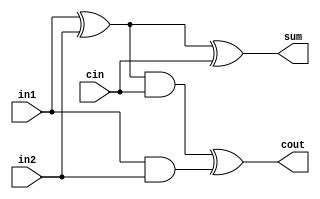
/*32-bit ripple carry full adder*/

//One bit full adder
module oneBitFullAdder(sum, cout, in1, in2, cin);
	
	output sum, cout;
	input in1, in2, cin;
	
	wire s1, s2, c1;	//Intermediate wires
	
	xor (s1, in1, in2);
	and (c1, in1, in2);
	
	xor (sum, s1, cin);
	
	and (s2, s1, cin);
	
	xor (cout, s2, c1);
	
endmodule

//32-bit full adder
module Bit32FullAdder(sum, cout, in1, in2, cin);

	output [31:0] sum;
	output cout;
	input [31:0] in1;
	input [31:0] in2;
	input cin;
	
	wire c1, c2, c3, c4, c5, c6, c7, c8, c9, c10, c11, c12; 
	wire c13, c14, c15, c16, c17, c18, c19, c20, c21, c22;
	wire c23, c24, c25, c26, c27, c28, c29, c30, c31;
	
	oneBitFullAdder OBA0 (sum[0], c1, in1[0], in2[0], cin);
	oneBitFullAdder OBA1 (sum[1], c2, in1[1], in2[1], c1);
	oneBitFullAdder OBA2 (sum[2], c3, in1[2], in2[2], c2);
	oneBitFullAdder OBA3 (sum[3], c4, in1[3], in2[3], c3);
	oneBitFullAdder OBA4 (sum[4], c5, in1[4], in2[4], c4);
	oneBitFullAdder OBA5 (sum[5], c6, in1[5], in2[5], c5);
	oneBitFullAdder OBA6 (sum[6], c7, in1[6], in2[6], c6);
	oneBitFullAdder OBA7 (sum[7], c8, in1[7], in2[7], c7);
	oneBitFullAdder OBA8 (sum[8], c9, in1[8], in2[8], c8);
	oneBitFullAdder OBA9 (sum[9], c10, in1[9], in2[9], c9);
	oneBitFullAdder OBA10 (sum[10], c11, in1[10], in2[10], c10);
	oneBitFullAdder OBA11(sum[11], c12, in1[11], in2[11], c11);
	oneBitFullAdder OBA12 (sum[12], c13, in1[12], in2[12], c12);
	oneBitFullAdder OBA13(sum[13], c14, in1[13], in2[13], c13);
	oneBitFullAdder OBA14(sum[14], c15, in1[14], in2[14], c14);
	oneBitFullAdder OBA15 (sum[15], c16, in1[15], in2[15], c15);
	oneBitFullAdder OBA16(sum[16], c17, in1[16], in2[16], c16);
	oneBitFullAdder OBA17 (sum[17], c18, in1[17], in2[17], c17);
	oneBitFullAdder OBA18 (sum[18], c19, in1[18], in2[18], c18);
	oneBitFullAdder OBA19 (sum[19], c20, in1[19], in2[19], c19);
	oneBitFullAdder OBA20 (sum[20], c21, in1[20], in2[20], c20);
	oneBitFullAdder OBA21 (sum[21], c22, in1[21], in2[21], c21);
	oneBitFullAdder OBA22 (sum[22], c23, in1[22], in2[22], c22);
	oneBitFullAdder OBA23 (sum[23], c24, in1[23], in2[23], c23);
	oneBitFullAdder OBA24 (sum[24], c25, in1[24], in2[24], c24);
	oneBitFullAdder OBA25 (sum[25], c26, in1[25], in2[25], c25);
	oneBitFullAdder OBA26 (sum[26], c27, in1[26], in2[26], c26);
	oneBitFullAdder OBA27 (sum[27], c28, in1[27], in2[27], c27);
	oneBitFullAdder OBA28 (sum[28], c29, in1[28], in2[28], c28);
	oneBitFullAdder OBA29 (sum[29], c30, in1[29], in2[29], c29);
	oneBitFullAdder OBA30 (sum[30], c31, in1[30], in2[30], c30);
	oneBitFullAdder OBA31 (sum[31], cout, in1[31], in2[31], c31);
	
endmodule


//Stimulus for the 32-bit full adder
module stimulus;

	reg [31:0] IN1, IN2;
	reg CIN;
	
	wire [31:0] SUM;
	wire COUT;
	
	//Instance of 32-bit adder
	Bit32FullAdder BIT32A(SUM, COUT, IN1, IN2, CIN);
	
	//Stimulate inputs
	initial
	begin
	
	IN1 = 32'b01110000000000000000000000000000;	
	IN2 = 32'b01111111111111111111111111111111; 
	CIN = 1'b0;
	
	#5
	$display("Sum: %b and Cout: %d", SUM, COUT);
	
	end
	
	
endmodule